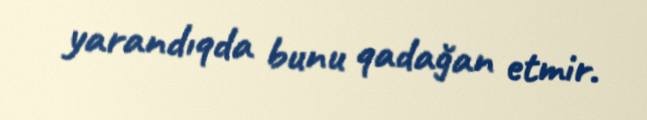
yarandıqda bunu qadağan etmir.